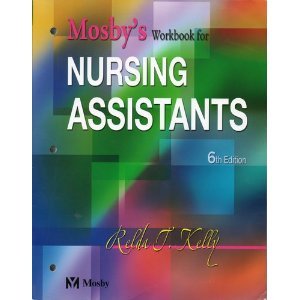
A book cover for Mosby's Workbook for Nursing Assistants 6th (Sixth) Edition byPhD; PhD; Medical Books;